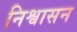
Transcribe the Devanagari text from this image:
निश्वासन